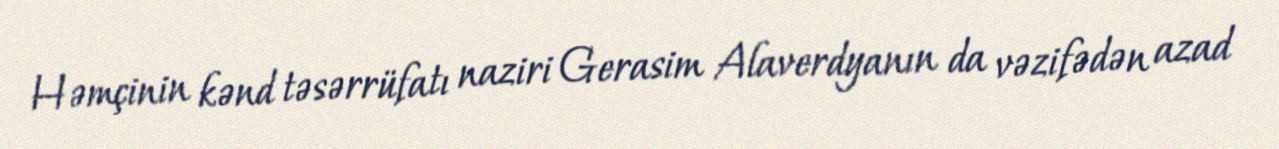
Həmçinin kənd təsərrüfatı naziri Gerasim Alaverdyanın da vəzifədən azad